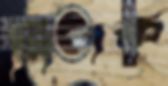
দিপক